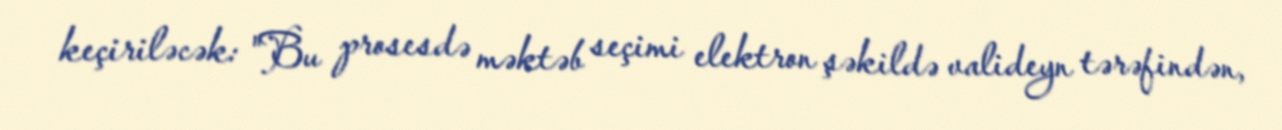
keçiriləcək: "Bu prosesdə məktəb seçimi elektron şəkildə valideyn tərəfindən,